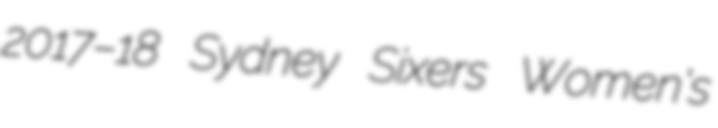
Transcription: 2017–18 Sydney Sixers Women's